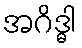
အဂိဒ္ဓါ